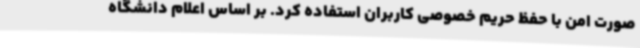
صورت امن با حفظ حریم خصوصی کاربران استفاده کرد. بر اساس اعلام دانشگاه